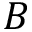
B